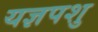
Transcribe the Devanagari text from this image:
यज्ञपशु